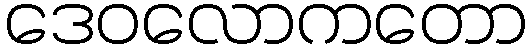
ဒေဝလောကတော